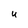
Character: U